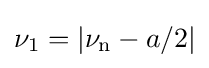
\nu _{\mathrm {1} }=|\nu _{\mathrm {n} }-a/2|